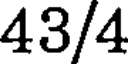
43/4